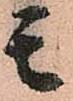
モ